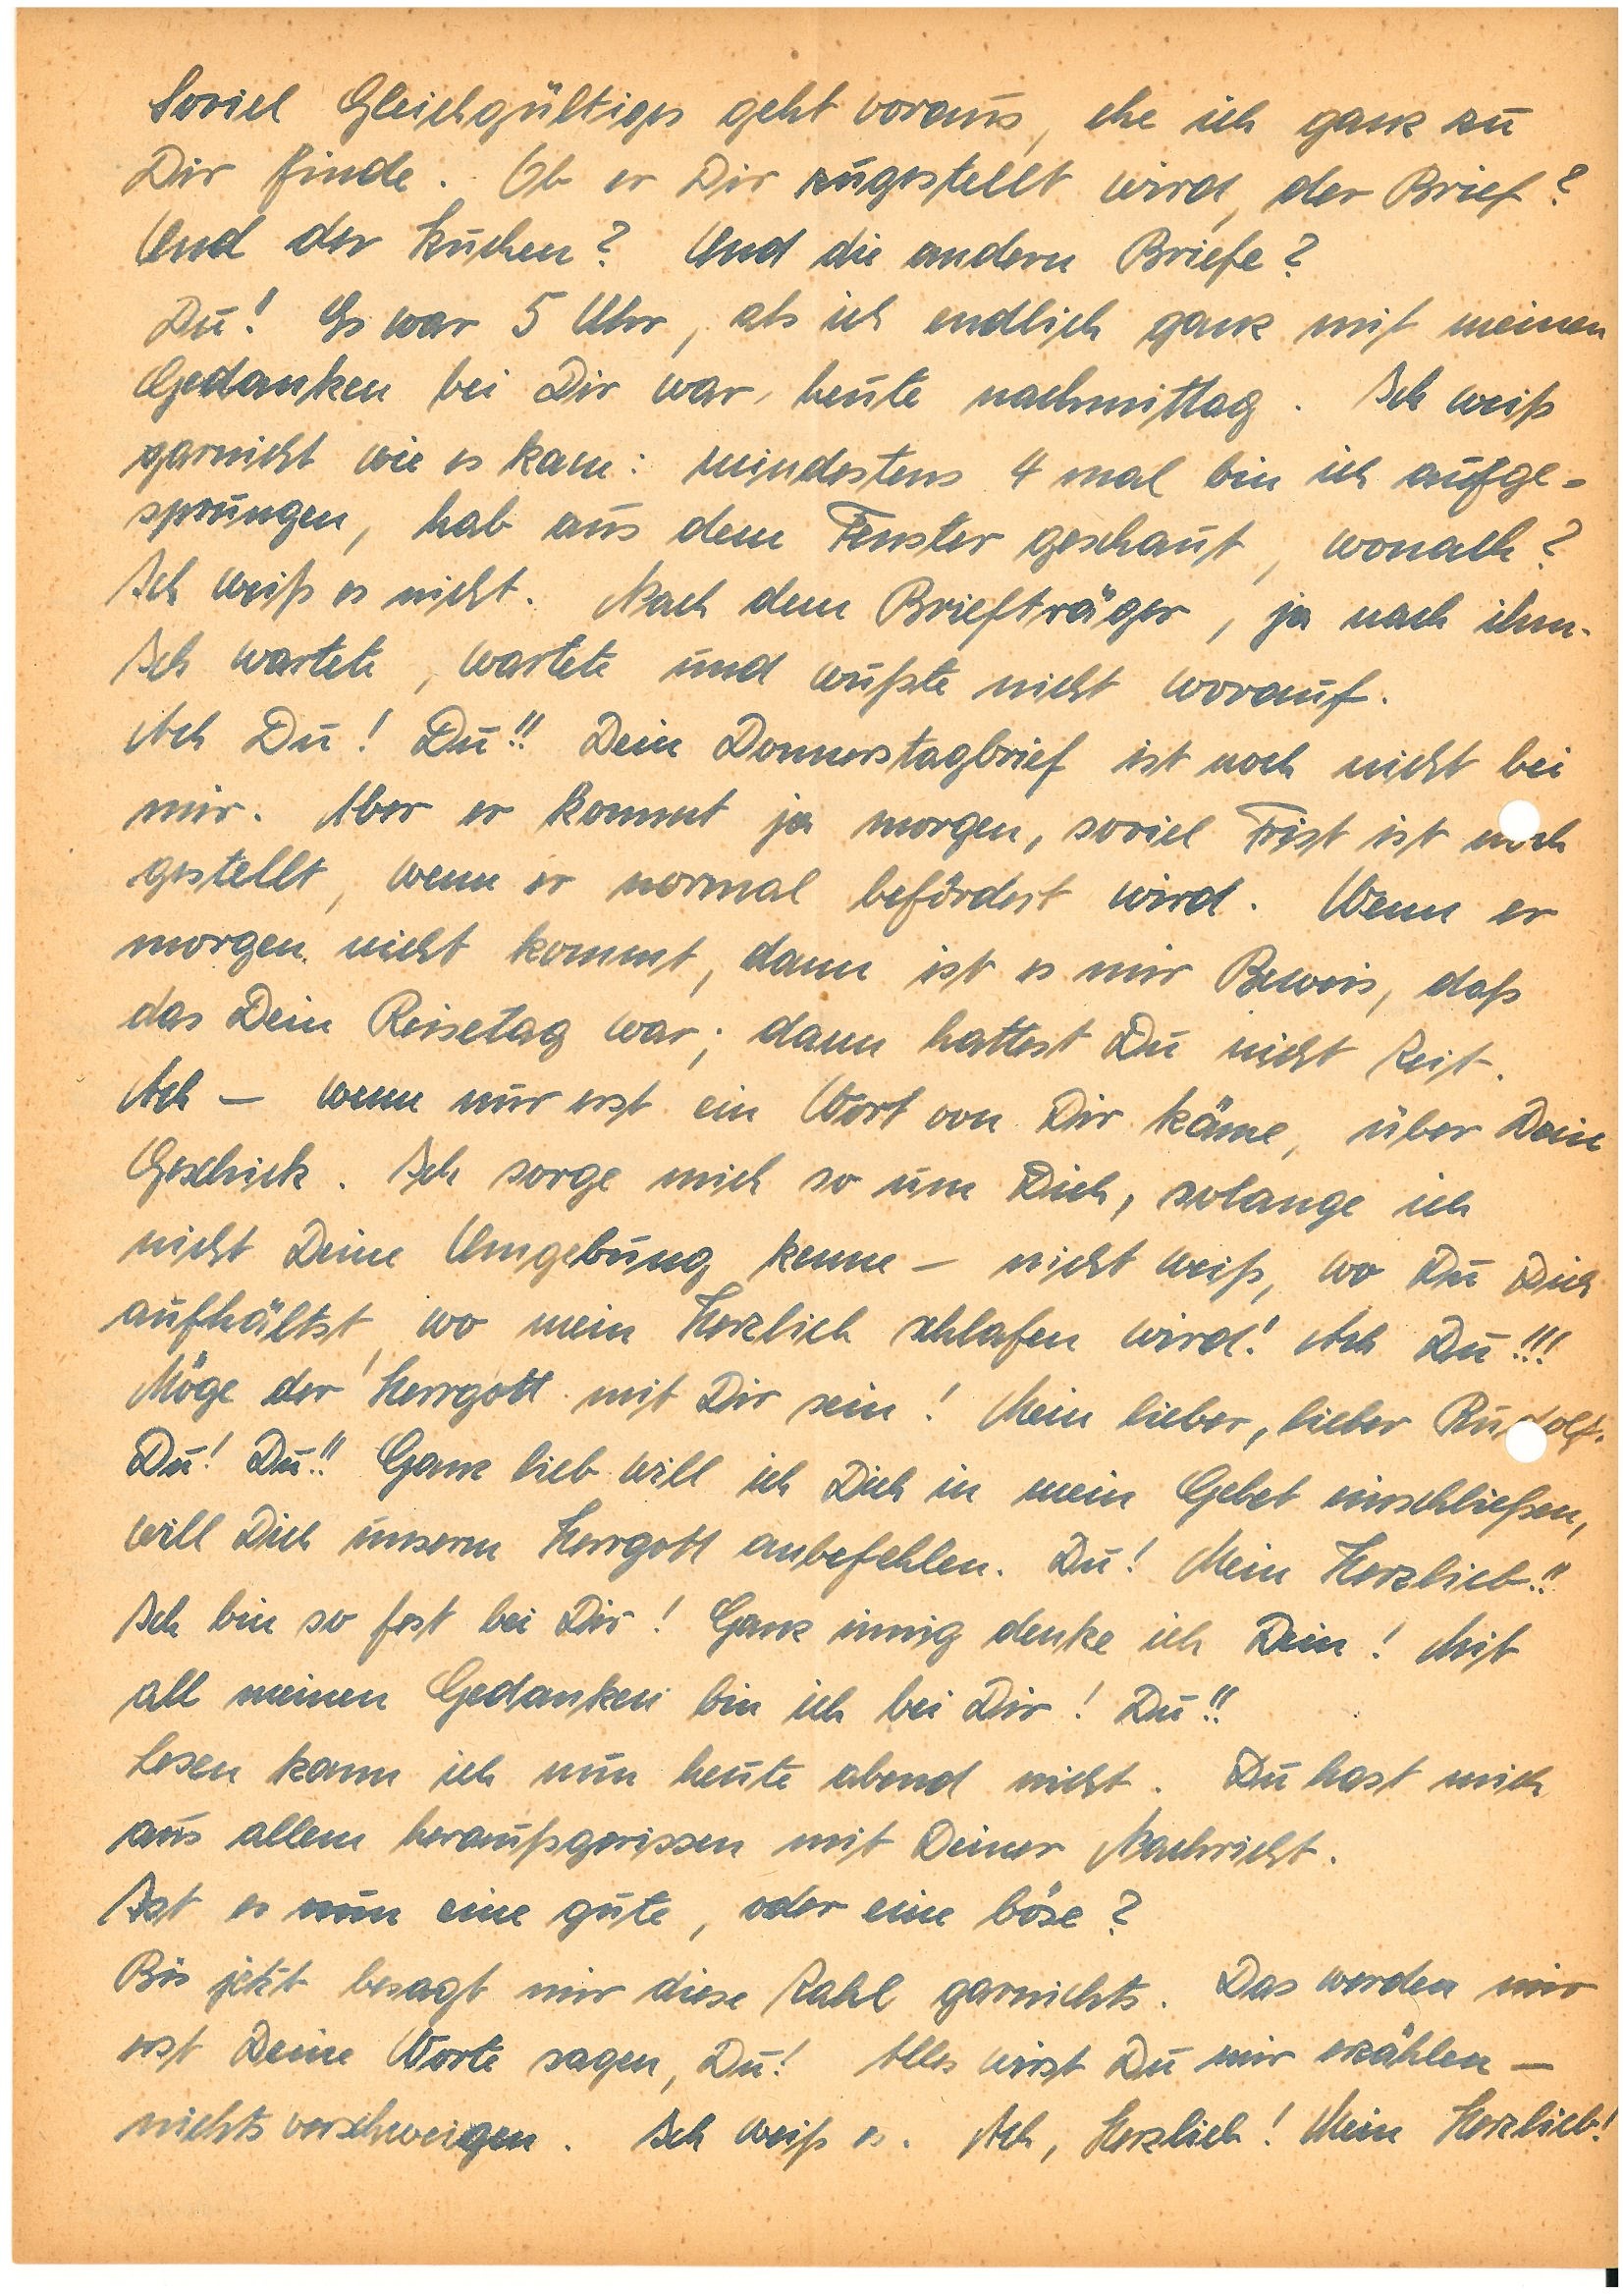
Soviel Gleichgültiges geht voraus, ehe ich ganz zu
Dir finde. Ob er Dir zugestellt wird, der Brief?
Und der Kuchen? Und die anderen Briefe?
Du! Es war 5 Uhr, als ich endlich ganz mit meinen
Gedanken bei Dir war, heute nachmittag. Ich weiß
garnicht wie es kam: mindestens 4 mal bin ich aufge¬
sprungen, hab  aus dem Fenster geschaut, wonach?
Ich weiß es nicht. Nach dem Briefträger, ja nach ihm.
Ich wartete, wartete und wußte nicht worauf.
Ach Du! Du!! Dein Donnerstagsbrief ist noch nicht bei
mir. Aber er kommt ja morgen, soviel Frist ist noch
gestellt, wenn er normal befördert wird. Wenn er
morgen nicht kommt, dann ist es mir Beweis, daß
das Dein Reisetag war, dann hattest du nicht Zeit.
Ach – wenn nur erst ein Wort von Dir käme, über Dein
Geschick. Ich sorge mich so um Dich, solange ich
nicht Deine Umgebung kenne – nicht weiß, wo Du Dich
aufhältst, wo mein Herzlieb schlafen wird! Ach Du!!!
Möge der Herrgott mit Dir sein! Mein lieber, lieber.
Du! Du!! Ganz lieb will ich Dich in mein Gebet einschließen,
will Dich unserem Herrgott anbefehlen. Du! Mein Herzlieb!!
Ich bin so fest bei Dir! Ganz innig denke ich Dein! Mit
all meinen Gedanken bin ich bei Dir! Du!!
Lesen kann ich nun heute abend nicht. Du hast mich
aus llem herausgerissen mit Deiner Nachricht.
Ist es nun eine gute, oder eine böse?
Bis jetzt besagt mit diese Zahl garnichts. Das werden mir
erst Deine Worte sagen, Du! Alles wirst Du mir erzählen –
nichts verschweigen. Ich weiß es. Ach Herzlieb! Mein Herzlieb!